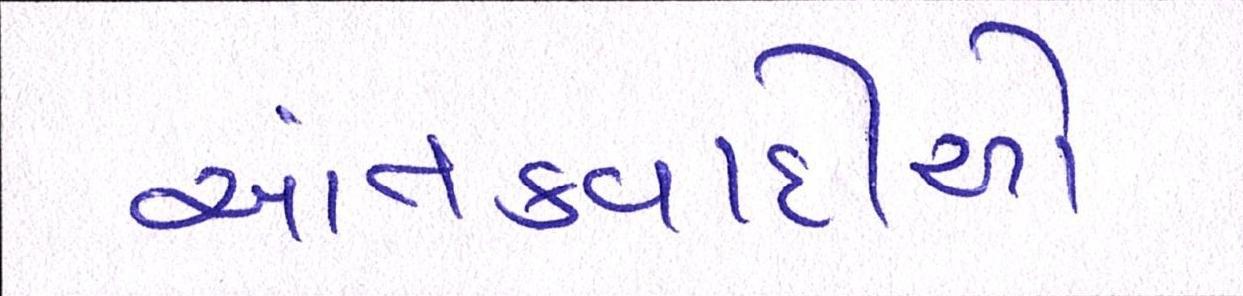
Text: આતંકવાદીઓ